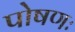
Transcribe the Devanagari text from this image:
पोषणः